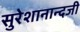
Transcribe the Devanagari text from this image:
सुरेशानान्दजी